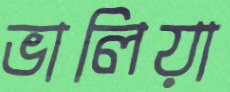
ভালিয়া